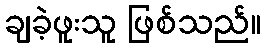
ချခဲ့ဖူးသူ ဖြစ်သည်။